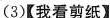
(3)【我看剪纸】